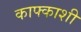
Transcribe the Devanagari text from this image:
काफ्काशी